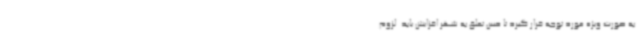
به صورت ویژه مورد توجه قرار گیرد تا حس تعلق به شهر افزایش یابد. لزوم